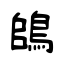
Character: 鴭